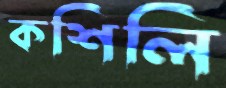
কশিলি